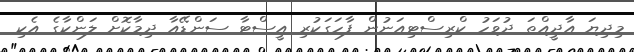
މިދިޔަ އާދީއްތަ ދުވަހު ކްރިސްޓިއަނުން ފާހަގަކުރި އީސްޓާ ސަންޑޭއާ ދިމާކޮށް ލަންކާގެ އެކި